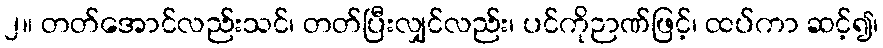
၂။ တတ်အောင်လည်းသင်၊ တတ်ပြီးလျှင်လည်း၊ ပင်ကိုဉာဏ်ဖြင့်၊ ထပ်ကာ ဆင့်၍၊